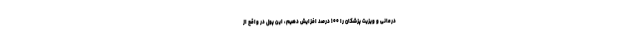
درمانی و ویزیت پزشکان را ۱۰۰ درصد افزایش دهیم، این پول در واقع از